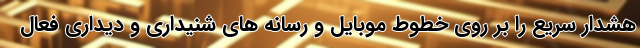
هشدار سریع را بر روی خطوط موبایل و رسانه های شنیداری و دیداری فعال